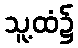
သူ့ထံ၌